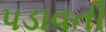
પડાવતી